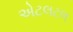
એટલટલ